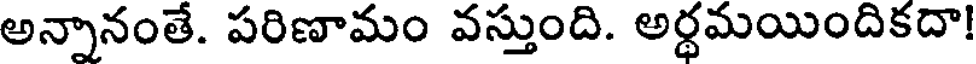
అన్నానంతే. పరిణామం వస్తుంది. అర్ధమయిందికదా!